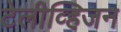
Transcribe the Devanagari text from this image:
टेलीव्हिजन